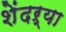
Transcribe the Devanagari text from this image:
शेंदऱ्या